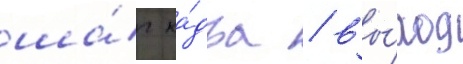
ша́г ка́дра / вы́ход